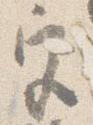
宮